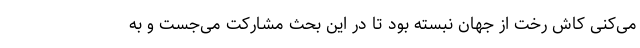
می‌کنی کاش رخت از جهان نبسته بود تا در این بحث مشارکت می‌جست و به